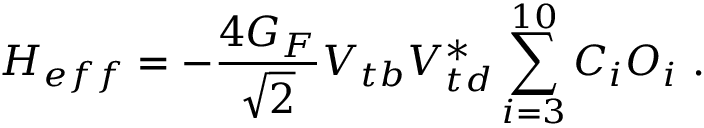
{ \cal H } _ { e f f } = - \frac { 4 G _ { F } } { \sqrt { 2 } } V _ { t b } V _ { t d } ^ { * } \sum _ { i = 3 } ^ { 1 0 } C _ { i } O _ { i } ~ .